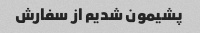
پشیمون شدیم از سفارش